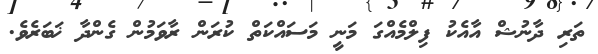
ތަރި ދާނުޝް އާއެކު ފިލްމެއްގަ މަނީ މަސައްކަތް ކުރަން ރާވަމުން ގެންދާ ޚަބަރެވެ.